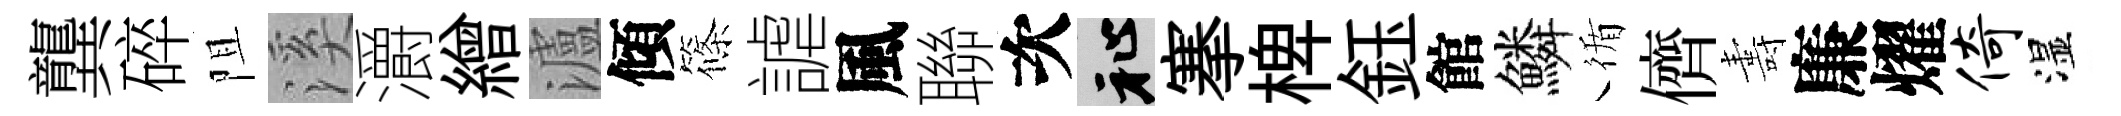
龔碎阻溪灂繒瀘傾篠謔風聯次祉搴椑鈺館鱗循儕夀廉燿倚湿